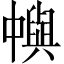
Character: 𠁹